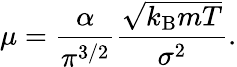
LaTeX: \mu={\frac{\alpha}{\pi^{3/2}}}{\frac{\sqrt{k_{\mathrm{B}}mT}}{\sigma^{2}}}.